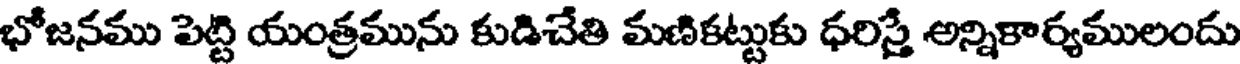
భోజనము పెట్టి యంత్రమును కుడిచేతి మణికట్టుకు ధరిస్తే అన్నికార్యములందు